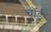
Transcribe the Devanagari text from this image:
चॉर्ड